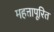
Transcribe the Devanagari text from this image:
महत्तापूरित